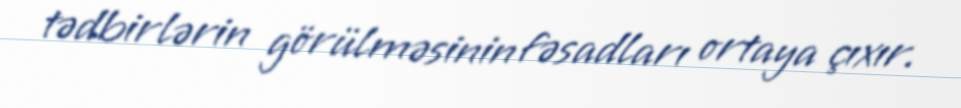
tədbirlərin görülməsinin fəsadları ortaya çıxır.